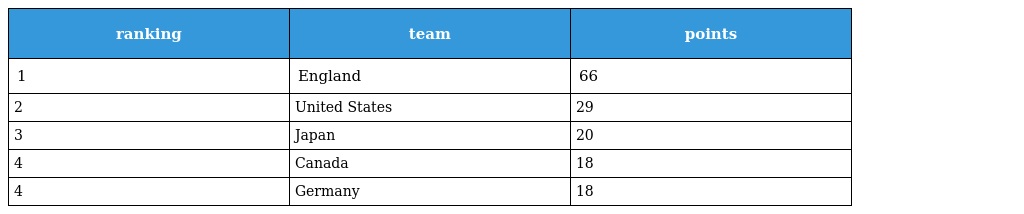
| ranking | team | points |
 | --- | --- | --- |
 | 1 | England | 66 |
 | 2 | United States | 29 |
 | 3 | Japan | 20 |
 | 4 | Canada | 18 |
 | 4 | Germany | 18 |